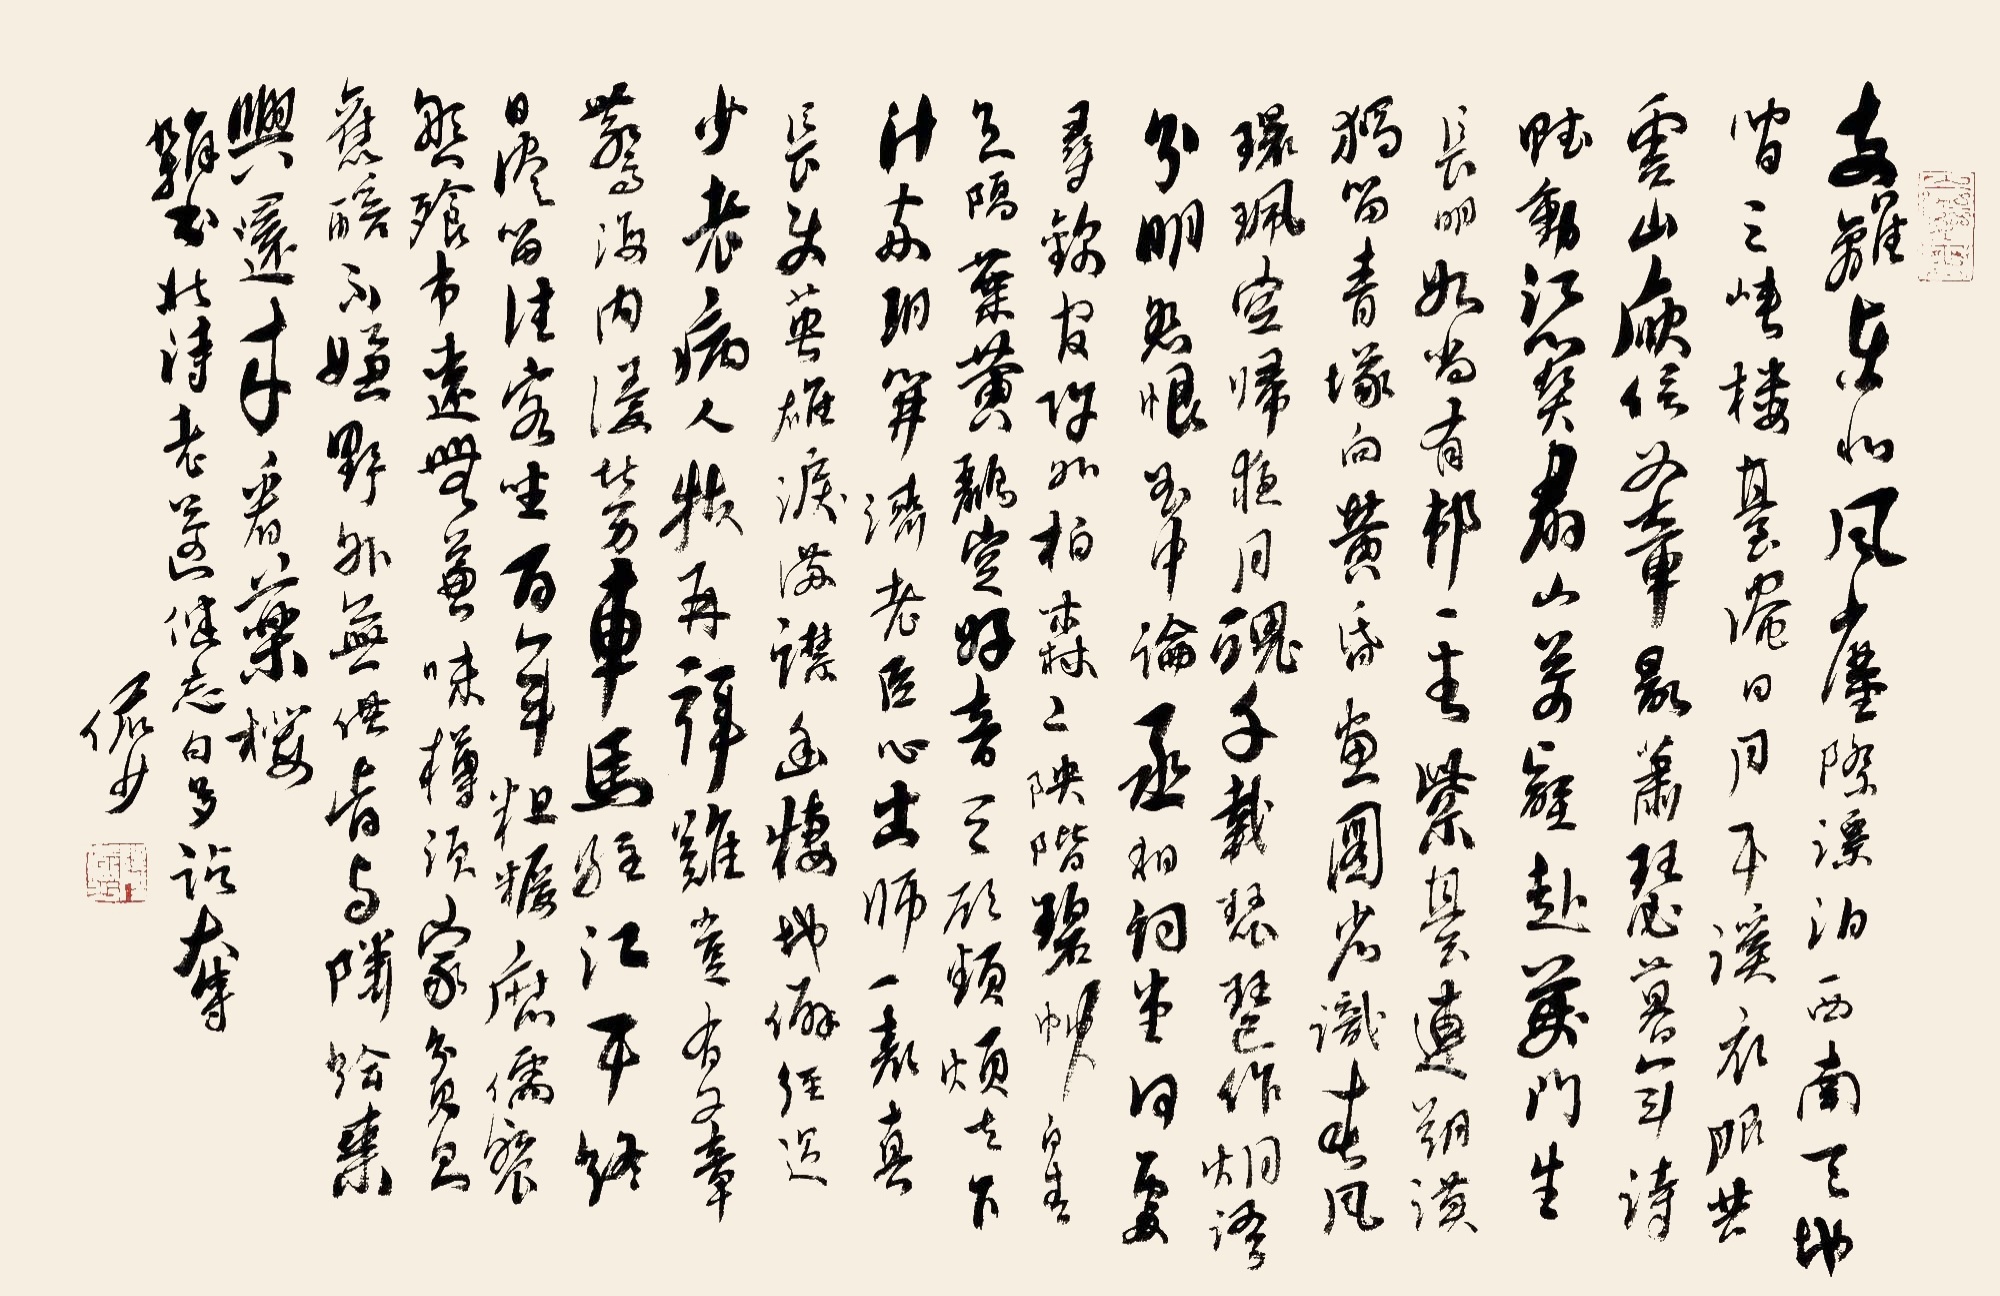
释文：支离东北风尘际,漂泊西南天地间。三峡楼台淹日月,五溪衣服共云山。庾信平生最萧瑟,暮年诗赋动江关。群山万壑赴荆门，生长明妃尚有村。一去紫台连朔漠，独留青冢向黄昏。画图省识春风面，环珮空归夜月魂。千载琵琶作胡语，分明怨恨曲中论。丞相祠堂何处寻,锦官城外柏森森。映阶碧草自春色,隔叶黄鹂空好音。三顾频烦天下计,两朝开济老臣心。出师一表真，长使英雄泪满襟。幽栖地僻经过少,老病人扶再拜难。岂有文章惊海内,漫劳车马驻江干。竟日淹留佳客坐,百年粗粝腐儒餐。盘飧市远无兼味,樽酒家贫只旧醅。雑书北诗，老遂健忘白多夺。俨少。